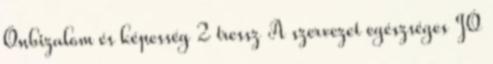
Önbizalom és képesség 2 tressz A szervezet egészséges JÓ